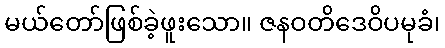
မယ်တော်ဖြစ်ခဲ့ဖူးသော။ ဇနဝတိဒေဝိပမုခံ၊